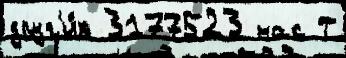
друг'и́х 3177523 нас Т